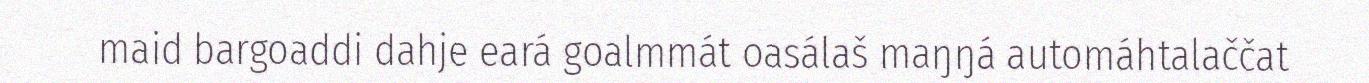
maid bargoaddi dahje eará goalmmát oasálaš maŋŋá automáhtalaččat